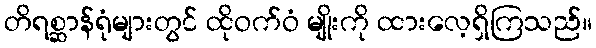
တိရစ္ဆာန်ရုံများတွင် ထိုဝက်ဝံ မျိုးကို ထားလေ့ရှိကြသည်။